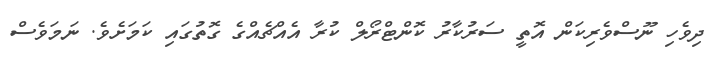
ދިވެހި ނޫސްވެރިކަން އޮތީ ސަރުކާރު ކޮންޓްރޯލް ކުރާ އެއްޗެއްގެ ގޮތުގައި ކަމަށެވެ. ނަމަވެސް